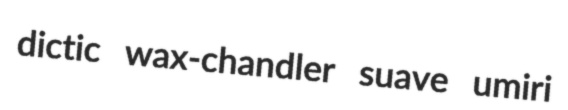
dictic wax-chandler suave umiri